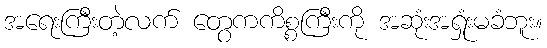
အရေးကြီးတဲ့လက် တွေကကိစ္စကြီးကို အဆုံးအရှုံးမခံဘူး။